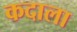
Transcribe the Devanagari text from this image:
कदाला